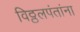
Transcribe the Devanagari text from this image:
विठ्ठलपंतांना